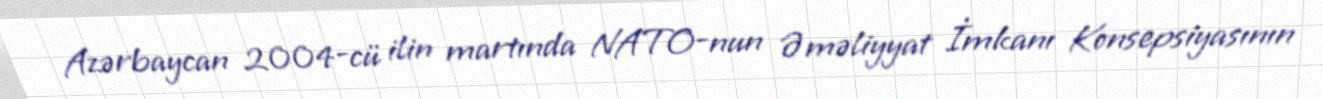
Azərbaycan 2004-cü ilin martında NATO-nun Əməliyyat İmkanı Konsepsiyasının